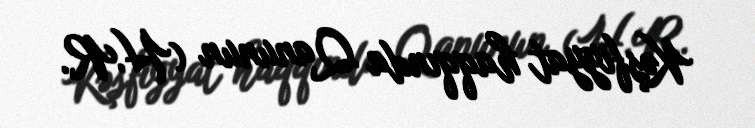
Kəşfiyyat haqqında Qanunun (H.R.